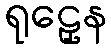
ရုဠှေန